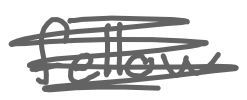
Text: fellow
Cross-out: scratch
Writing tool: digital_gray